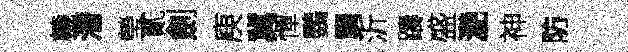
轆潜瑩貳劍庾冀憚鸚舅沂躊盛灧神防